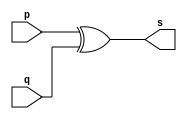
// --------------------- 
// Exemplo0005 - xor 
// Nome: Ana Cristina Pereira Teixeira
// ---------------------

// --------------------- 
// -- xor gate 
// --------------------- 
module xorgate (output [0:3] s, input [0:3] p, input [0:3] q); // input big endian 4 valores binarios
	assign s = p ^ q; // vinculo permanente
endmodule // xor

// --------------------- 
// -- test xorgate 
// --------------------- 
module testxorgate; 
// ------------------------- dados locais 
	reg [0:3] a, b; // definir registrador 
	wire [0:3] s; // definir conexao (fio) 
// ------------------------- instancia 
	xorgate XOR1 (s, a, b);
// ------------------------- preparacao 
	initial begin:start 
		a = 4'b0011; // 4 valores binarios
		b = 4'b0101; // 4 valores binarios
	end 
// ------------------------- parte principal 
	initial begin:main 
		$display("Exemplo0005 - Ana Cristina Pereira Teixeira - 427385"); 
		$display("Test xor gate"); 
		$display("\n a ^ b = s\n"); 
		$monitor("%b ^ %b = %b", a, b, s); 
		#1 a = 0; b = 0; // valores decimais
		#1 a = 4'b0010; b = 4'b0001; // valores binarios
		#1 a = 4'd1; b = 3; // decimal e decimal
		#1 a = 4'o5; b = 2; // octal e decimal
		#1 a = 4'hA; b = 3; // hexadecimal e decimal
		#1 a = 4'h9; b = 4'o3; // hexadecimal e octal
	end
endmodule // testxorgate
// previsao de testes
// valores iniciais, 4 valores binarios - a = 4'b0011 = 0011(2) = 3(10) e b = 4'b0101 = 0101(2) = 5(10)
// a = 0; b = 0; // valores decimais - 0(10) e 0(10), 0000(2) e 0000(2)
//	a = 4'b0010; b = 4'b0001; // valores binarios - 2(2) e 1(2), 0010(2) e 0001(2)
// a = 4'd1; b = 3; // decimal e decimal - 1(10) e 3(10), 0001(2) e 0011(2)
// a = 4'o5; b = 2; // octal e decimal - 5(8) e 2(10), 0101(2) e 0010(2)
// a = 4'hA; b = 3; // hexadecimal e decimal - A(16) e 3(10), 1010(2) e 0011(2)
// a = 4'h9; b = 4'o3; // hexadecimal e octal - 9(16) e 3(8), 1001(2) e 0011(2)
// conclusao - todas as bases multiplas de 2 serao convertidas para valores binarios